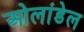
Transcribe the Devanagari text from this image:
ओलांडेल